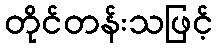
တိုင်တန်းသဖြင့်